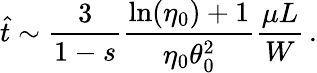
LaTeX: \hat{t}\sim\frac{3}{1-s}\frac{\ln(\eta_{0})+1}{\eta_{0}\theta_{0}^{2}}\frac{\mu L}{W}\, .